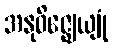
အနုဝိဇ္ဈေယျုံ